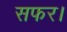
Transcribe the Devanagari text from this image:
सफर।